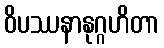
ဝိပဿနာနုဂ္ဂဟိတာ